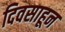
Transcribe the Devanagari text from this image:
दिवसाहून